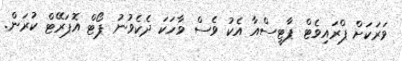
ވަރަކަށް ޕްރައިވެޓް ޕާޓީސްއާ އެކު ވެސް ވާހަކަ ދެކެވުނު ޕޯޓް އޮޕަރޭޓް ކުރަން.